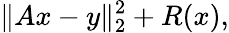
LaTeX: \| Ax-y\| _{2}^{2}+R(x),